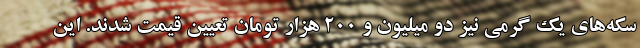
سکه‌های یک گرمی نیز دو میلیون و ۲۰۰ هزار تومان تعیین قیمت شدند. این